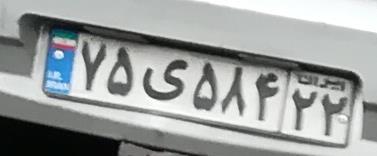
۷۵ی۵۸۴۲۲